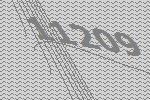
11209